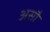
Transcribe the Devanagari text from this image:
असौ